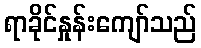
ရာခိုင်နှုန်းကျော်သည်